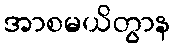
အာစမယိတွာန